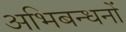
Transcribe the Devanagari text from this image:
अभिबन्धनों